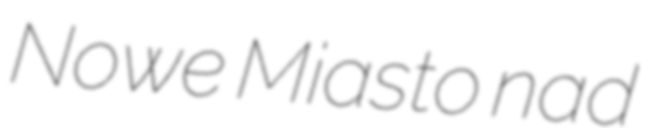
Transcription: Nowe Miasto nad